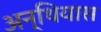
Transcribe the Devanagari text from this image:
अन्थियास